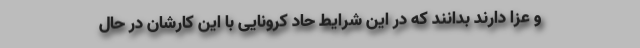
و عزا دارند بدانند که در این شرایط حاد کرونایی با این کارشان در حال